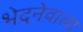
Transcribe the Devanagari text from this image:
भेदनेवाला